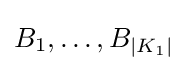
B_{1},\ldots ,B_{|K_{1}|}